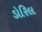
ડોરિલ